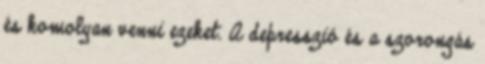
és komolyan venni ezeket. A depresszió és a szorongás